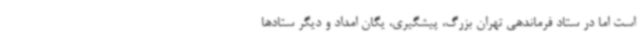
است اما در ستاد فرماندهی تهران بزرگ، پیشگیری، یگان امداد و دیگر ستادها